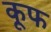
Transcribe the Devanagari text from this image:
कूफ